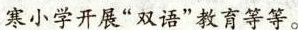
小学开展”双语”教育等等。